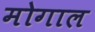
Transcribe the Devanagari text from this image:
मोगाल